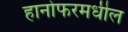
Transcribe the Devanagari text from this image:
हानोफरमधील